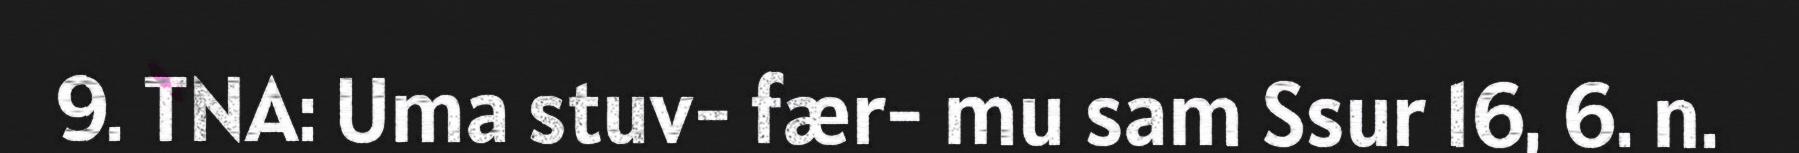
9. TNA: Uma stuv- fær- mu sam Ssur 16, 6. n.